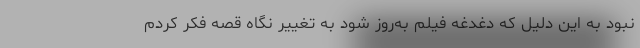
نبود به این دلیل که دغدغه فیلم به‌روز شود به تغییر نگاه قصه فکر کردم